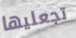
تجعليها